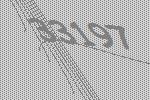
33197